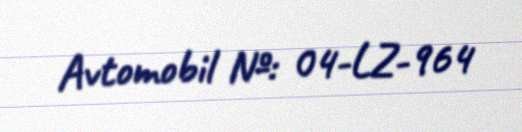
Avtomobil №: 04-LZ-964